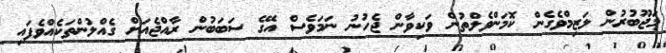
މަޖޫބުރުން ލަޒިމްވެގެން ކޮމަންވެލްތުން ވަކިވާން ޖެހުނު ނަމަވެސް އޭގެ ސަބަބުން ރާއްޖެއަށް ގެއްލުންތަކެއްވެފައި